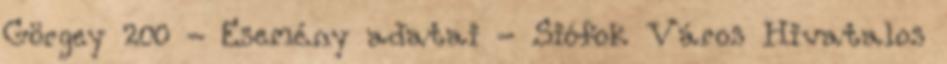
Görgey 200 - Esemény adatai - Siófok Város Hivatalos